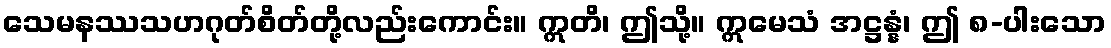
သေမနဿသဟဂုတ်စိတ်တို့လည်းကောင်း။ ဣတိ၊ ဤသို့။ ဣမေသံ အဋ္ဌန္နံ၊ ဤ ၈-ပါးသော